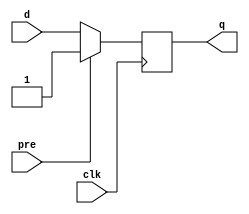
module my_dffs_clk_p (
    input d,
    clk,
    pre,
    output reg q
);
  initial q <= 0;
  always @(posedge clk)
    if (pre) q <= 1'b1;
    else q <= d;
endmodule